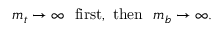
m _ { t } \to \infty \ \ \mathrm { f i r s t } , \ \mathrm { t h e n } \ \ m _ { b } \to \infty .